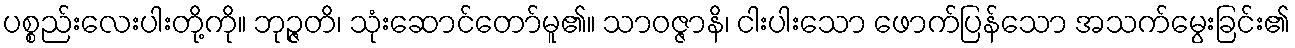
ပစ္စည်းလေးပါးတို့ကို။ ဘုဉ္ဇတိ၊ သုံးဆောင်တော်မူ၏။ သာဝဇ္ဇာနိ၊ ငါးပါးသော ဖောက်ပြန်သော အသက်မွေးခြင်း၏